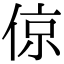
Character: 倞